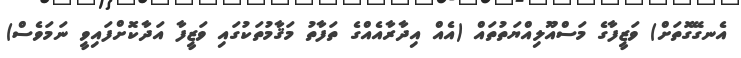
އެނގޭގޮތަށް) ވަޒީފާގެ މަސްއޫލިއްޔަތުތައް (އެއް އިދާރާއެއްގެ ތަފާތު މަޤާމުތަކުގައި ވަޒީފާ އަދާކޮށްފައިވީ ނަމަވެސް)